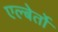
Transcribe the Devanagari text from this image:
एल्बेर्तो